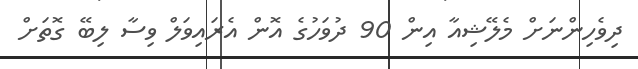
ދިވެހިންނަށް މެލޭޝިއާ އިން 90 ދުވަހުގެ އޮން އެރައިވަލް ވިސާ ލިބޭ ގޮތަށް